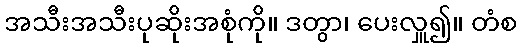
အသီးအသီးပုဆိုးအစုံကို။ ဒတွာ၊ ပေးလှူ၍။ တံစ